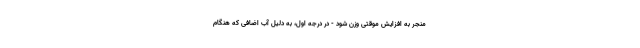
منجر به افزایش موقتی وزن شود - در درجه اول، به دلیل آب اضافی که هنگام